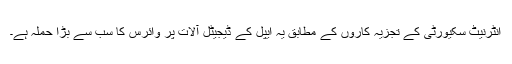
انٹرنیٹ سکیورٹی کے تجزیہ کاروں کے مطابق یہ ایپل کے ڈیجیٹل آلات پر وائرس کا سب سے بڑا حملہ ہے۔